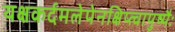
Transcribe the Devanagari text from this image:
यक्षकर्दमलेपेनक्षिप्त्वापुष्पैः